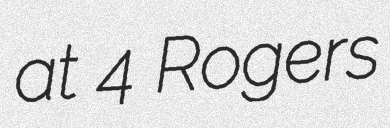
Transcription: at 4 Rogers